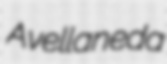
Avellaneda